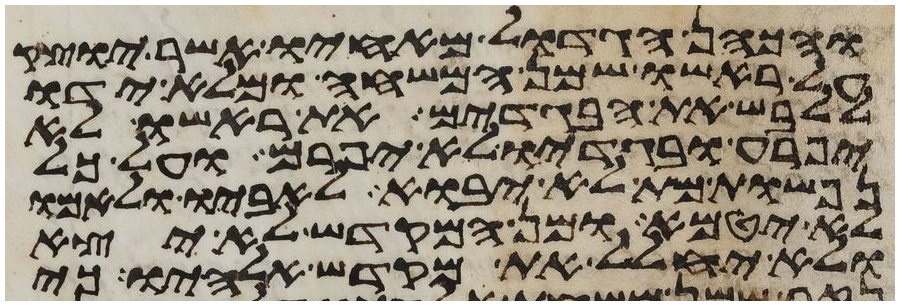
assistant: והכהן הגדול מאחיו אשר יוצק
על ראשו שמן המשחה ומלא ידו
ללבש את הבגדים את ראשו לא
יפרע ובגדיו לא יפרם ועל כל
נפשות מת לא יבוא לאביו ולאמו
לא יטמא ומן המקדש לא יצא
ולא יחלל את מקדש אלהיו כי